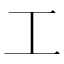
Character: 工